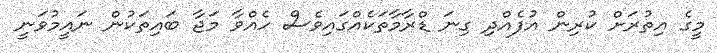
މީގެ އިތުރަށް ކުރިން އުފެއްދި ގިނަ ޑްރާމާތަކެއްގައިވެސް ހެއްވާ މަޖާ ބައިތަކުން ނައީމުވަނީ